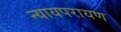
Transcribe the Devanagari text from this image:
न्यायपरायण